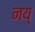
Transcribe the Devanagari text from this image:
नय्